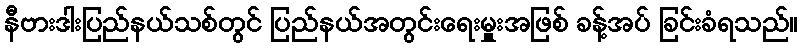
နီဗားဒါးပြည်နယ်သစ်တွင် ပြည်နယ်အတွင်းရေးမှူးအဖြစ် ခန့်အပ် ခြင်းခံရသည်။